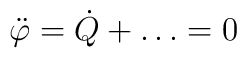
{\ddot \varphi} = {\dot Q}+ \dots =0